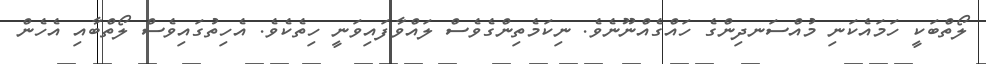
ލޯތްބަކީ ހަމައެކަނި މުއްސަނދިންގެ ހައްގެއްނޫނެވެ. ނިކަމެތިންގެވެސް ލައްވާފައިވަނީ ހިތެކެވެ. އެހިތުގައިވެސް ލޯތްބާއި އެހެން